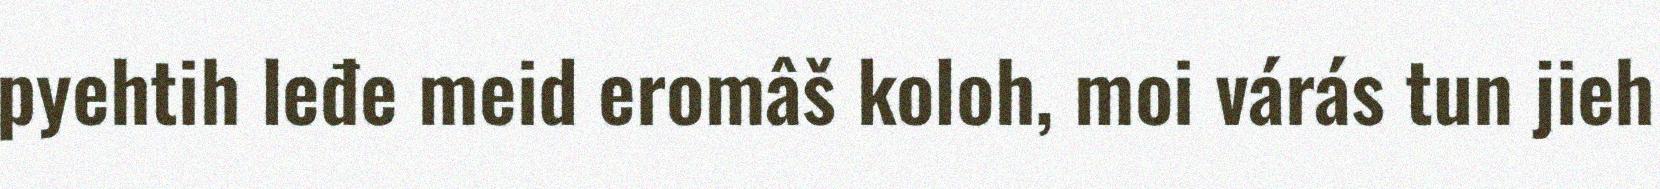
pyehtih leđe meid eromâš koloh, moi várás tun jieh